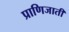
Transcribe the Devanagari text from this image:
प्राणिजाती